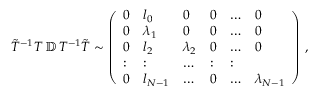
\begin{array} { r } { \tilde { T } ^ { - 1 } T \, \mathbb { D } \, T ^ { - 1 } \tilde { T } \sim \left( \begin{array} { l l l l l l } { 0 } & { l _ { 0 } } & { 0 } & { 0 } & { \dots } & { 0 } \\ { 0 } & { \lambda _ { 1 } } & { 0 } & { 0 } & { \dots } & { 0 } \\ { 0 } & { l _ { 2 } } & { \lambda _ { 2 } } & { 0 } & { \dots } & { 0 } \\ { : } & { : } & { \dots } & { : } & { : } \\ { 0 } & { l _ { N - 1 } } & { \dots } & { 0 } & { \dots } & { \lambda _ { N - 1 } } \end{array} \right) \, , } \end{array}